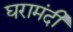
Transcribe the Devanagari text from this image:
घरामंदी